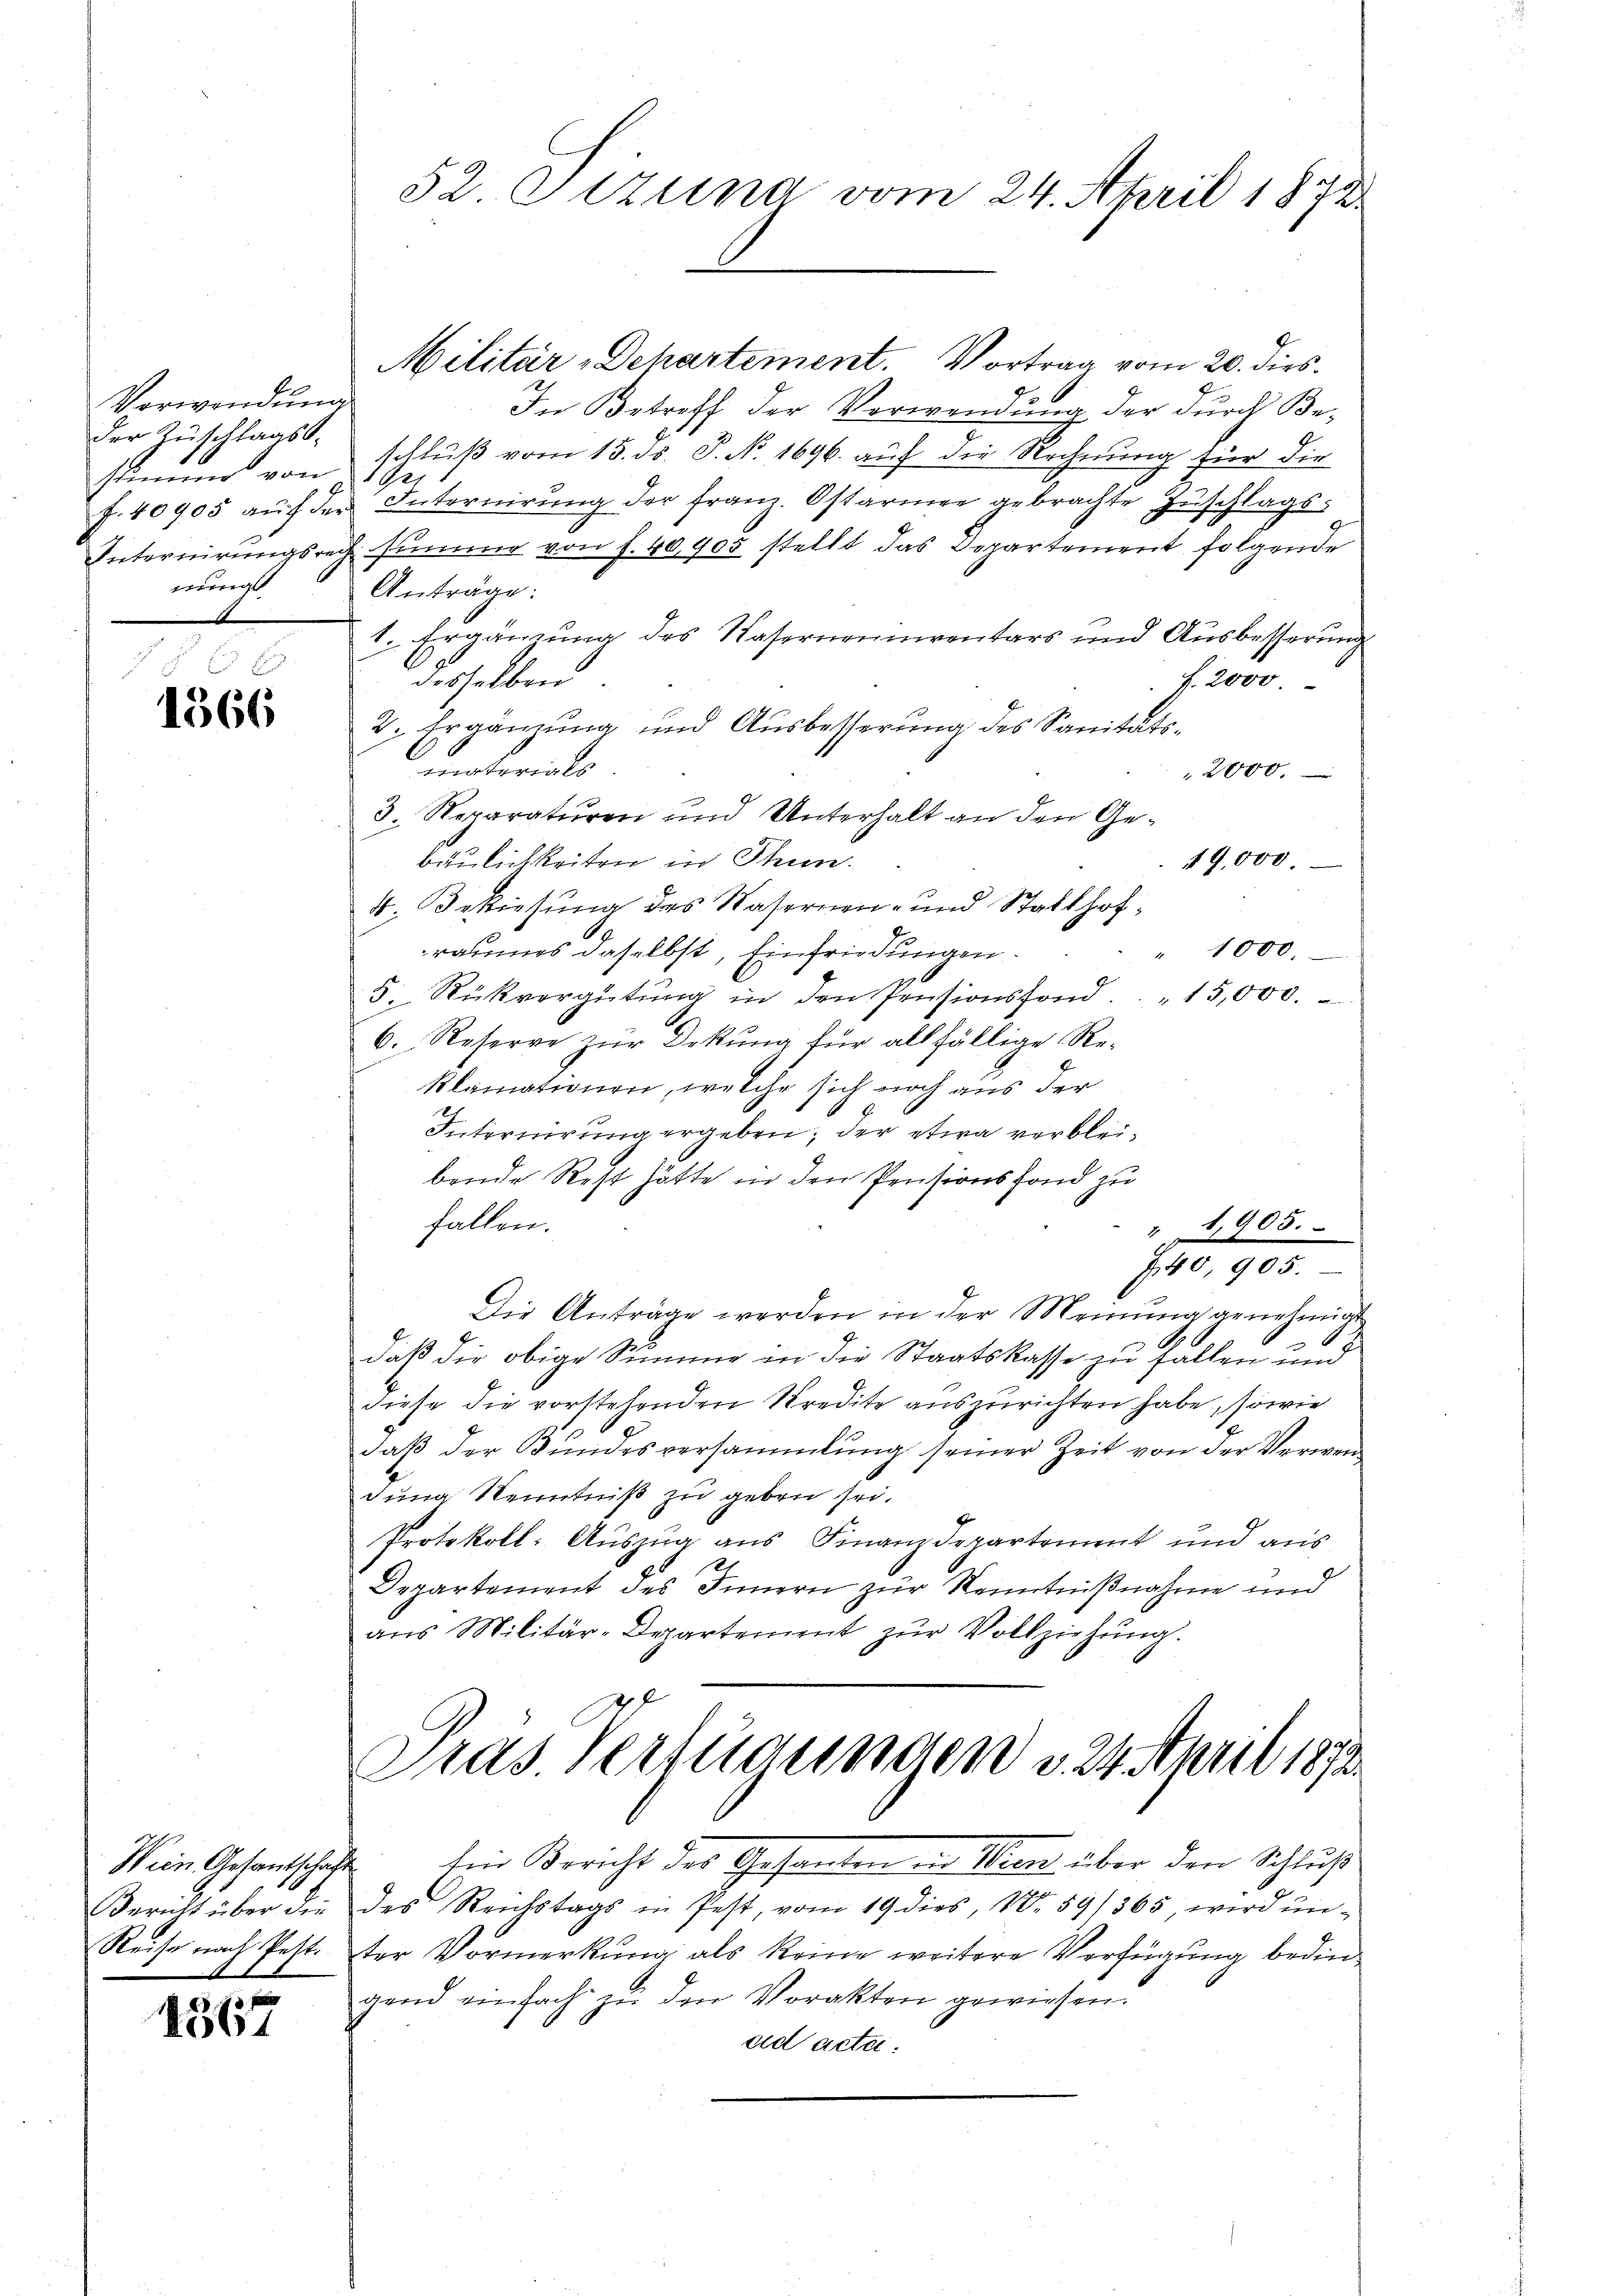
Verwendung
der Zuschlagseinigt
man

E
1366

Wein Gesantschafts

1567

52. Sitzung vom 24. April 1872

Militär-Departement. Vortrag vom 20. dies
.
In Betreff der Verwendung der durch Bestimme von schluß vom 15. ds. P. N. 1696. auf die Rechnung für die
be
f. 40905 aŭf der Internirŭng der franz. Ostarmee gebrachte Zŭschlags-
Internirungsrech summe von f. 40,905 stellt das Departement folgende
Anträge:
1. Ergänzung des Waserneinventars und Ausbesserung
desselben
f. 2000.
2. Ergänzung und Ausbesserung des Sanitäts-
meaterials
2000.
3. Reparaturen und Unterhalt an den Ge-
bäulichkeiten in Thun.
19,000.
4. Bekiesung des Wasernen- und Statthofraumes daselbst, Einfriedungen.
" 1000.
5. Rückvergütŭng in den Presionsfond.. 15,000.
6. Reserve zur Orkung für allfällige Reklamationen, welche sich noch aus der
Internirung ergeben; der etwa verbleibende Rest hätte in den Pensionsfond zu
fallen.
" 1905.
740. 905.
Die Anträge werden in der Meinung genehmigt
a
daß die obige Summe in die Staatskasse zu fallen und
diese die vorstehenden Kredite auszurichten habe, sowie
daß der Bundesversammlung seiner Zeit von der Verwendung Kenntniß zu geben sei.
Protokoll- Auszug aus Finanzdepartement und aus
121
Departement des Innern zur Kenntnißnahme und
aus Militär-Departement zur Vollziehung.
Pras. Verfügungen d. 24. April 1873.
hin Bericht des Gesanten in Wien über den Schluß
Bericht über die des Reichstags in fest, vom 19 dies, N. 59/365, wird ŭn-
Reise nach Pest. ster Vormerkung als keine weitere Verfügung bedingand einfach zŭ den Vorakten gewiesen:
ad acta.